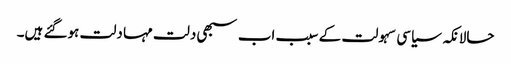
حالانکہ سیاسی سہولت کے سبب اب سبھی دلت مہا دلت ہوگئے ہیں۔